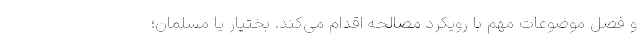
و فصل موضوعات مهم با رویکرد مصالحه اقدام می‌کند. بختیار یا مسلمان؛